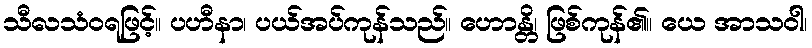
သီလသံဝရဖြင့်။ ပဟီနာ၊ ပယ်အပ်ကုန်သည်။ ဟောန္တိ၊ ဖြစ်ကုန်၏။ ယေ အာသဝါ၊